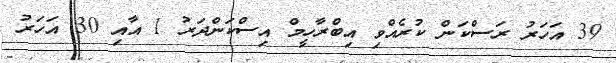
39 އަހަރު ރަސްކަން ކުރެއްވި އިބްރާހީމް އިސްކަންދަރު 1 އާއި 30 އަހަރު